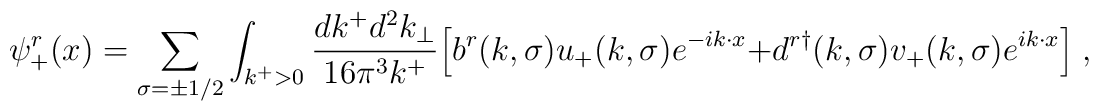
\psi_+^r(x)=\sum_{\sigma=\pm 1/2} \int_{k^+>0}{dk^+ d^2k_\perp \over 16\pi^3 k^+}\Bigl[b^r(k,\sigma) u_+(k,\sigma) e^{-ik\cdot x} +d^{r\dagger}(k,\sigma) v_+(k,\sigma)e^{ik\cdot x}\Bigr] \;,